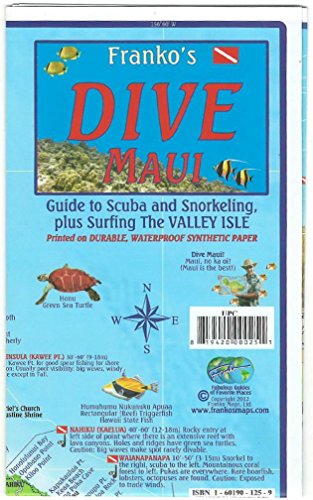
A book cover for Maui Hawaii Dive & Snorkeling Guide Franko Maps Waterproof Map; Franko Maps Ltd.; Travel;